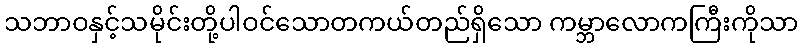
သဘာဝနှင့်သမိုင်းတို့ပါဝင်သောတကယ်တည်ရှိသော ကမ္ဘာလောကကြီးကိုသာ